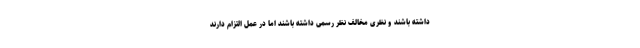
داشته باشند و نظری مخالف نظر رسمی داشته باشند اما در عمل التزام دارند